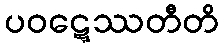
ပဝဋ္ဋေဿတီတိ